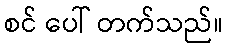
စင် ပေါ် တက်သည်။